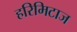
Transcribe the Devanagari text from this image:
हरिमिटाज